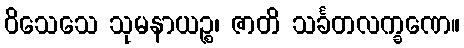
ဝိသေသေ သုမနာယဉ္စ၊ ဇာတိ သင်္ခတလက္ခဏေ။